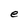
Character: e